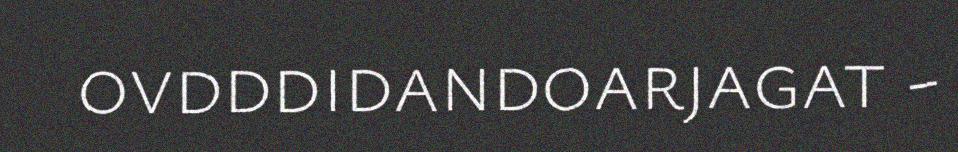
ovdddidandoarjagat -